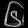
Digit: ၆